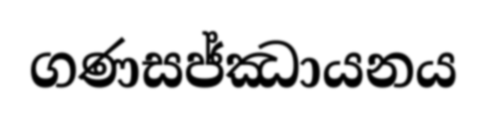
ගණසජ්ඣායනය